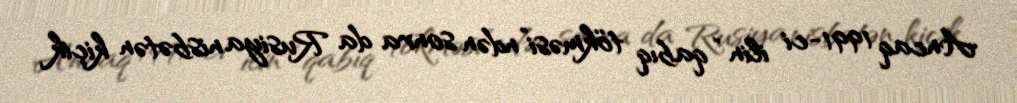
Ancaq 1991-ci ilin “qabıq tökməsi”ndən sonra da Rusiya nisbətən kiçik